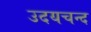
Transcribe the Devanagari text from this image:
उदयचन्द